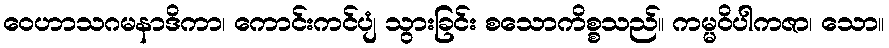
ဝေဟာသဂမနာဒိကာ၊ ကောင်းကင်ပျံ သွားခြင်း စသောကိစ္စသည်။ ကမ္မဝိပါကဇာ၊ သော။